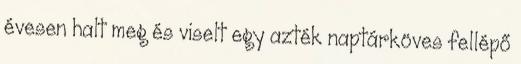
évesen halt meg és viselt egy azték naptárköves fellépő